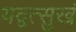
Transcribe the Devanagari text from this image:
यद्वत्सुखं